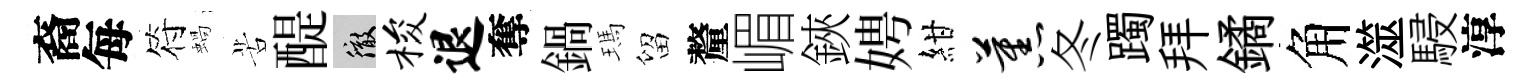
裔每符蝸苦醍徹梭退奪鍋瑪留釐嵋鋏娉紺蕉冬躅拜鐍角澨駸淳